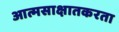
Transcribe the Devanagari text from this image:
आत्मसाक्षातकरता